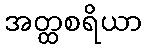
အတ္ထစရိယာ